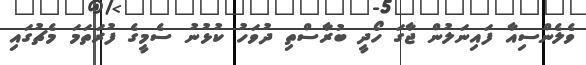
ވެލެންސިއާ ފައިނަލުން ޖާގަ ހޯދީ ބުރާސްތި ދުވަހު ކުޅުނު ސެމީގެ ފުރަތަމަ މެޗުގައި